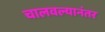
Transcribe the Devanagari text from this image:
चालवल्यानंतर